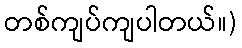
တစ်ကျပ်ကျပါတယ်။)